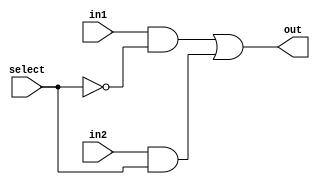
module Mux2To1(out, select, in1, in2);
  input in1, in2, select;
  output  out;
  wire  not_select, a1, a2;
  not g1(not_select, select);
  and g2(a1, in1, not_select);
  and g3(a2, in2, select);
  or  g4(out, a1, a2);
endmodule 

module  Mux8Bit_2To1_generate(out, select, in1, in2);
  input [7:0] in1, in2;
  input select;
  output  [7:0] out;
  genvar  j;
  generate  for(j = 0; j < 8; j = j + 1)  
    begin:  mux_loop
      Mux2To1 Mux(out[j], select, in1[j], in2[j]);
    end
  endgenerate
endmodule

module  Mux32Bit_2To1(out, select, in1, in2);
  input [31:0] in1, in2;
  input select;
  output  [31:0] out;
  Mux8Bit_2To1_generate Mux1(out[7:0], select, in1[7:0], in2[7:0]);
  Mux8Bit_2To1_generate Mux2(out[15:8], select, in1[15:8], in2[15:8]);
  Mux8Bit_2To1_generate Mux3(out[23:16], select, in1[23:16], in2[23:16]);
  Mux8Bit_2To1_generate Mux4(out[31:24], select, in1[31:24], in2[31:24]);
endmodule

module  Mux32Bit_4To1(out, select, in1, in2, in3, in4);
  input [31:0]  in1, in2, in3, in4;
  input [1:0] select;
  output  [31:0]  out;
  wire  [31:0]  w1, w2;
  Mux32Bit_2To1 Mux0(w1[31:0], select[0], in1[31:0], in2[31:0]);
  Mux32Bit_2To1 Mux1(w2[31:0], select[0], in3[31:0], in4[31:0]);
  Mux32Bit_2To1 Mux2(out[31:0], select[1], w1[31:0], w2[31:0]);
endmodule

module  TestBench_4To1Mux32Bit;
  reg [31:0] in1, in2, in3, in4;
  reg [1:0] select;
  wire  [31:0] out;
  Mux32Bit_4To1  Mux(out, select, in1, in2, in3, in4);
  initial begin
    $monitor($time, " Input1 = %b,\n\t Input2 = %b,\n\t Input3 = %b,\n\t Input4 = %b,\n\t Select = %b,\n\t Output = %b.", in1, in2, in3, in4, select, out);
    #0  in1 = 32'b10101010101010101010101010101010;  
        in2 = 32'b01010101010101010101010101010101;  
        in3 = 32'b00000000000000000000000000000000;
        in4 = 32'b11111111111111111111111111111111;
        select = 2'b00;
    #100  select  = 2'b01;
    #200  select  = 2'b10;
    #300  select  = 2'b11;
    #400  $finish;
  end
endmodule